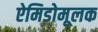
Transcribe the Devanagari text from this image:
ऐमिडोमूलक